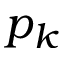
p _ { k }